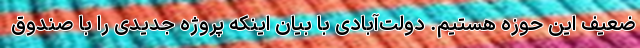
ضعیف این حوزه هستیم. دولت‌آبادی با بیان اینکه پروژه جدیدی را با صندوق